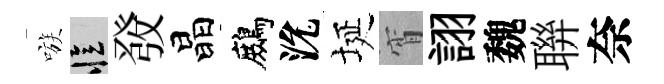
嗾忆𤼲晶鷓沇埏宵詡魏聨奈